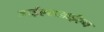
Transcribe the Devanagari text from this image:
आईएसआईएन